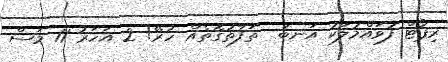
ރިޕޯޓް ފުވައްމުލަކު އަނބު  ތަފާތުގޮތެއް ހުރޭ! 2 އަހަރު 11 މަސް